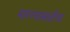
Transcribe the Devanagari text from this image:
मारण्यासाठीचा